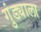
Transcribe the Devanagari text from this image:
गुंड्याला